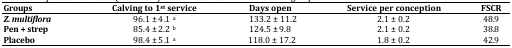
| Groups | Calving to 1st service | Days open | Service per conception | FSCR |
 | --- | --- | --- | --- | --- |
 | Z. multiflora | 96.1 ± 4.1 a | 133.2 ± 11.2 | 2.1 ± 0.2 | 48.9 |
 | Pen + strep | 85.4 ± 2.2 b | 124.5 ± 9.8 | 2.1 ± 0.2 | 38.8 |
 | Placebo | 98.4 ± 5.1 a | 118.0 ± 17.2 | 1.8 ± 0.2 | 42.9 |